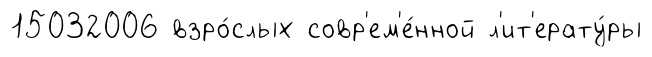
15032006 взро́слых совр'ем'е́нной л'ит'ерату́ры